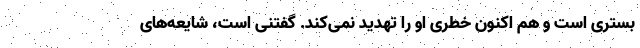
بستری است و هم اکنون خطری او را تهدید نمی‌کند. گفتنی است، شایعه‌های